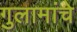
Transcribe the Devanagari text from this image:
गुलामांचे